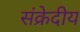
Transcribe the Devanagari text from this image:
संक्रेदीय